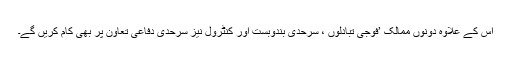
اس کے علاوہ دونوں ممالک ’فوجی تبادلوں ، سرحدی بندوبست اور کنٹرول نیز سرحدی دفاعی تعاون پر بھی کام کریں گے۔